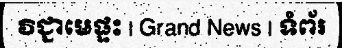
វិជ្ជាមេផ្ទះ | Grand News | ទំព័រ